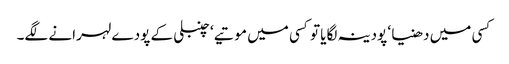
کسی میں دھنیا ‘ پودینہ لگایا تو کسی میں موتیے ‘ چنبلی کے پودے لہرانے لگے۔